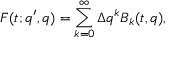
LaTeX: F ( t ; q ^ { \prime } , q ) = \sum _ { k = 0 } ^ { \infty } \Delta q ^ { k } B _ { k } ( t , q ) ,